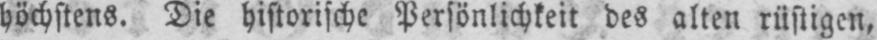
höchstens. Die historische Persönlichkeit des alten rüstigen,